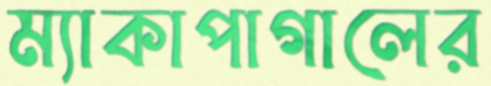
ম্যাকাপাগালের